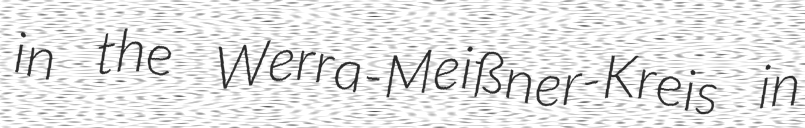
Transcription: in the Werra-Meißner-Kreis in